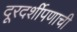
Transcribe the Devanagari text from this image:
दूरदर्शीपणाची